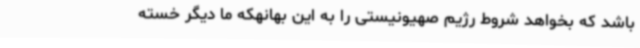
باشد که بخواهد شروط رژیم صهیونیستی را به این بهانهکه ما دیگر خسته